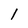
Character: 1